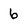
Character: 6